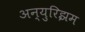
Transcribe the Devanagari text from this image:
अन्युरिझम